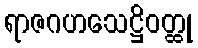
ရာဇဂဟသေဋ္ဌိဝတ္ထု